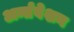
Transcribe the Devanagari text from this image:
अर्न्तवेशन